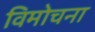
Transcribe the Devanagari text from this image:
विमोचना